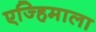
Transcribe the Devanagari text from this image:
एज्हिमाला